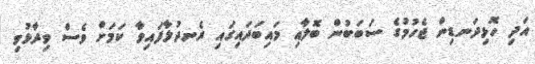
އަދި ހޮޅިދަނޑިން ޖެހުމުގެ ސަބަބުން ބޮލާއި މައިބަދައިގައި ރެނދުލާފައިވާ ކަމަށް ވެސް ވިދާޅުވި